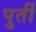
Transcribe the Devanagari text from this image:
पुर्ती